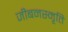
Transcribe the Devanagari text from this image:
जीबनस्मृति